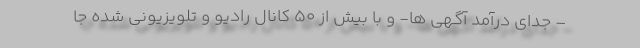
– جدای درآمد آگهی ها- و با بیش از 50 کانال رادیو و تلویزیونی شده جا